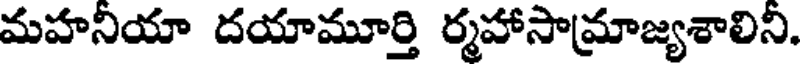
మహనియా దయామూర్తి ర్మహాసామ్రాజ్యశాలిని.